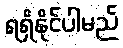
ရရှိနိုင်ပါမည်